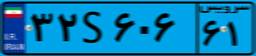
۳۲S۶۰۶۶۱